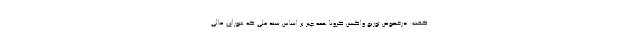
گفت: درخصوص توزیع واکسن کرونا همه چیز بر اساس سند ملی که شورای عالی